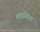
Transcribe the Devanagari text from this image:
मंडळिंना